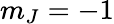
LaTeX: m_{J}=-1